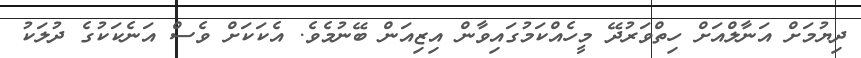
ދިޔުމަށް އަނާލްއަށް ހިތްވަރުދޭ މީހެއްކަމުގައިވާން އިޒިއަން ބޭނުމެވެ. އެކަކަށް ވެސް އަނެކަކުގެ ދުލަކު